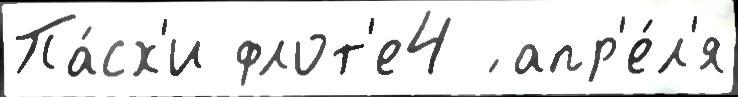
Па́сх'и флот'е4 ́ апр'е́л'я